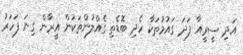
އަދި ސީރީއާ ފަދަ ގައުމުތަކާ ހެދި ބޮޑެތި ގެއްލުންތަކުން އީރާން ގިނަ ފަހަރު